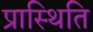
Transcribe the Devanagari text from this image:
प्रास्थिति